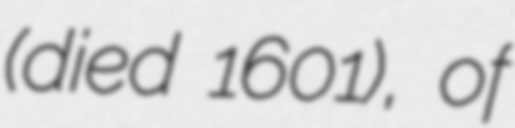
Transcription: (died 1601), of